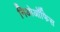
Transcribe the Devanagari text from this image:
निओऑफिस